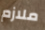
ملازم